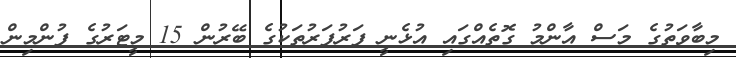
މިބާވަތުގެ މަސް އާންމު ގޮތެއްގައި އުޅެނީ ފަރުފަރުތަކުގެ ބޭރުން 15 މީޓަރުގެ ފުންމިން